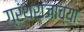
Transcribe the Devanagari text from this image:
ग्रंथराजाच्या